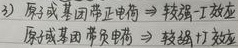
（3）原或基团带正电荷→较强I - 效应；原或基团带负电荷→较强+I效应